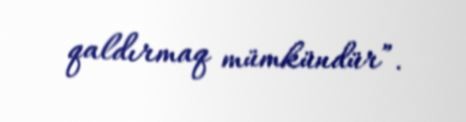
qaldırmaq mümkündür”.